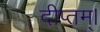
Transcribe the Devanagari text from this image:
दीप्तम्।